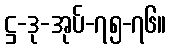
ဋ္ဌ-ဒု-အုပ်-၇၅-၇၆။